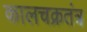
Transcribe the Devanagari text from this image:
कालचक्रतंत्र